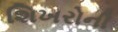
શિખરોની